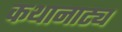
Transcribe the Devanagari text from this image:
कथानाट्य